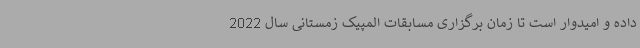
داده و امیدوار است تا زمان برگزاری مسابقات المپیک زمستانی سال 2022